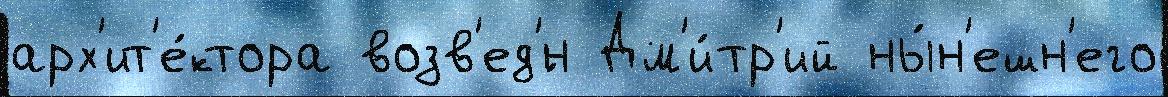
арх'ит'е́ктора возв'ед'́н Дм'и́тр'ий ны́н'ешн'его